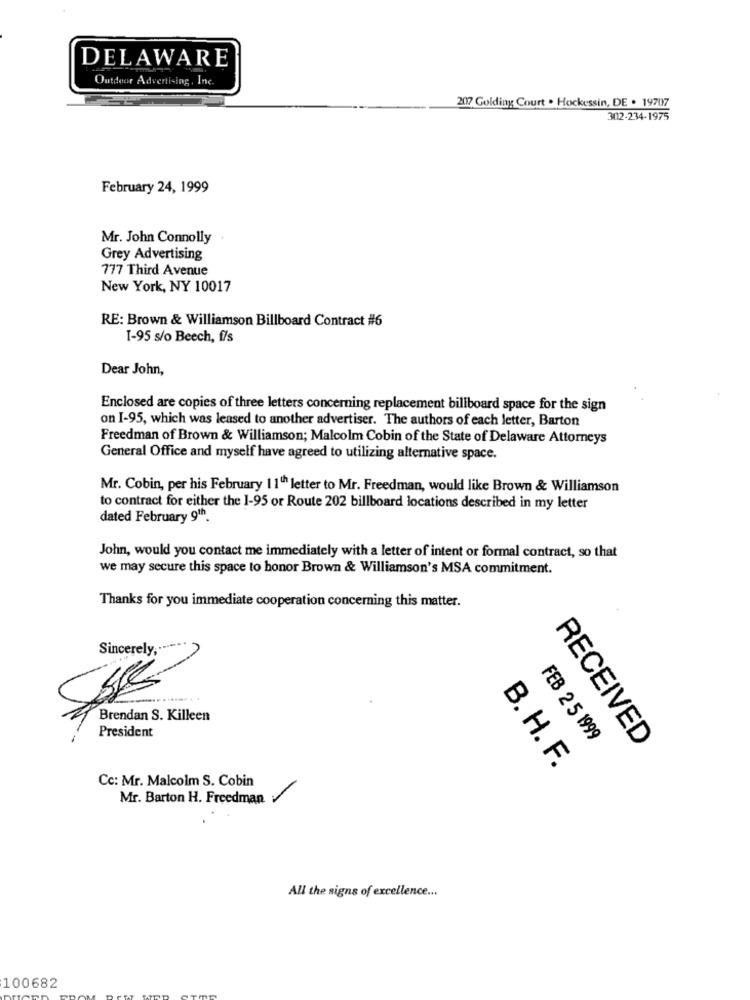
DELAWARE
Outdoor Advertising, Inc.
2017 Golding Court . Hockessin, DE . 19707
302-234-1975
February 24, 1999
Mr. John Connolly
Grey Advertising
777 Third Avenue
New York, NY 10017
RE: Brown & Williamson Billboard Contract #6
I-95 s/o Beech, f/s
Dear John,
Enclosed are copies of three letters concerning replacement billboard space for the sign
on I-95, which was leased to another advertiser. The authors of each letter, Barton
Freedman of Brown & Williamson; Malcolm Cobin of the State of Delaware Attorneys
General Office and myself have agreed to utilizing alternative space.
Mr. Cobin, per his February 11th letter to Mr. Freedman, would like Brown & Williamson
to contract for either the 1-95 or Route 202 billboard locations described in my letter
dated February 9th.
John, would you contact me immediately with a letter of intent or formal contract, so that
we may secure this space to honor Brown & Williamson's MSA commitment.
Thanks for you immediate cooperation concerning this matter.
Sincerely ,······
Brendan S. Killeen
President
FEB 2 5 1999
RECEIVED
B. H. F.
Cc: Mr. Malcolm S. Cobin
Mr. Barton H. Freedman
All the signs of excellence ...
100682